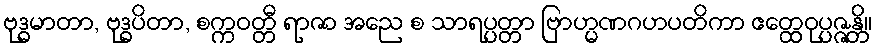
ဗုဒ္ဓမာတာ, ဗုဒ္ဓပိတာ, စက္ကဝတ္တီ ရာဇာ အညေ စ သာရပ္ပတ္တာ ဗြာဟ္မဏဂဟပတိကာ ဧတ္ထေဝုပ္ပဇ္ဇန္တိ။